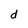
Character: d